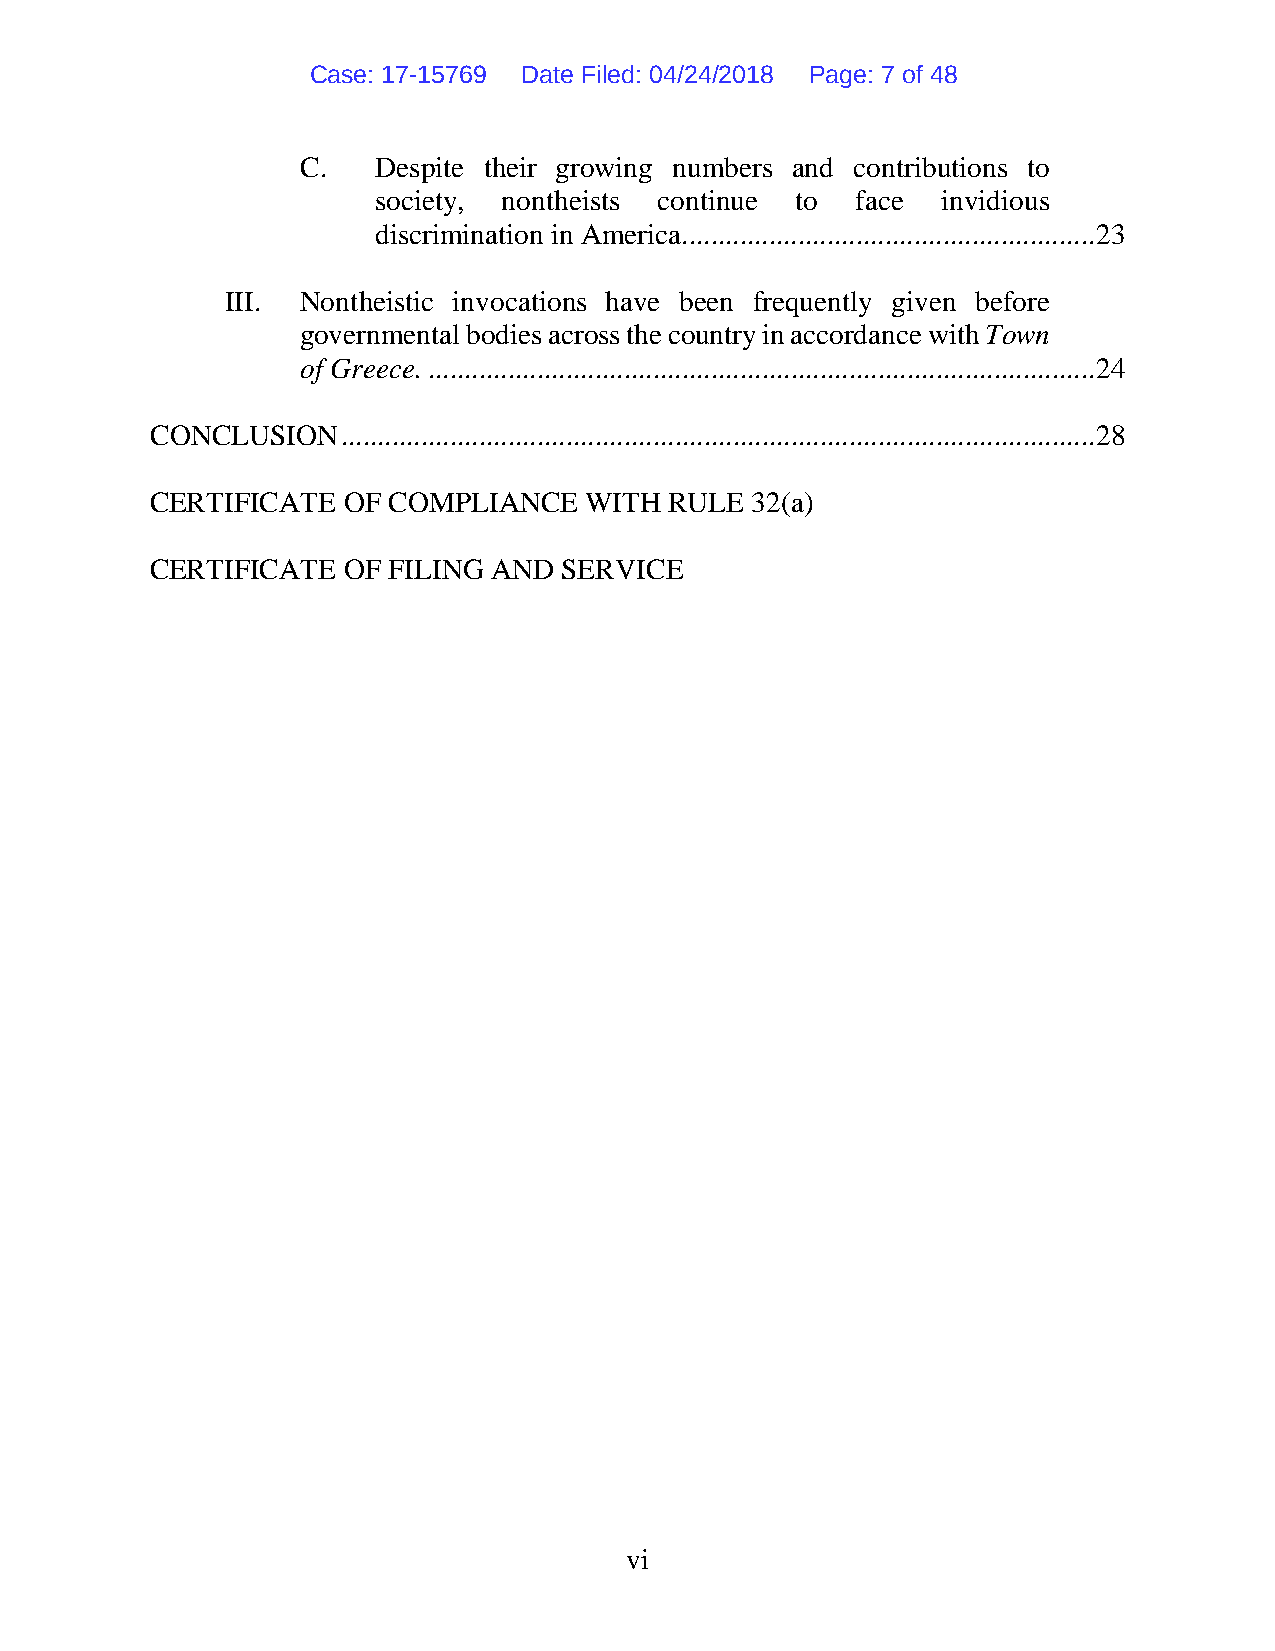
Case: 17-15769 Date Filed: 04/24/2018 Page: 7 of 48
 C.   Despite their growing numbers and contributions to
 society, nontheists continue to face invidious
 discrimination in America. ........................................................ 23
 III. Nontheistic invocations have been frequently given before
 governmental bodies across the country in accordance with Town
 of Greece. ............................................................................................ 24
 CONCLUSION   ........................................................................................................ 28
 CERTIFICATE  OF COMPLIANCE   WITH RULE  32(a)
 CERTIFICATE  OF FILING AND SERVICE
 vi